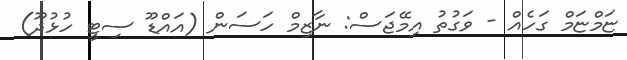
ޏަމްޏަމް ގަހެއް - ވަގުތު އިމޭޖަސް: ނާޒިމް ހަސަން (އައްޑޫ ސިޓީ ހުޅުދޫ)